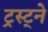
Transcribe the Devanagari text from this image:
ट्रस्ट्ने